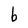
Character: b